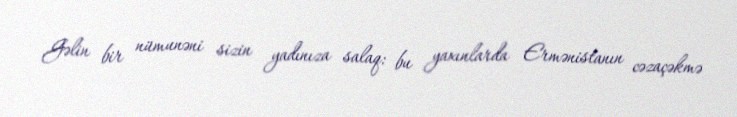
Gəlin bir nümunəni sizin yadınıza salaq: bu yaxınlarda Ermənistanın cəzaçəkmə